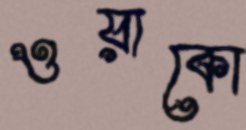
ওয়াকো